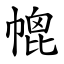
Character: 㡙